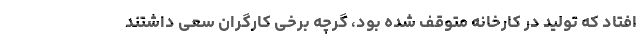
افتاد که تولید در کارخانه متوقف شده بود، گرچه برخی کارگران سعی داشتند